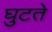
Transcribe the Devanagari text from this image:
घुटते